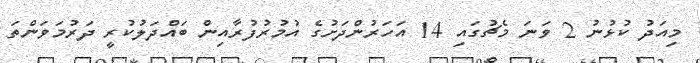
މިއަދު ކުޅުނު 2 ވަނަ މެޗުގައި 14 އަހަރުންދަށުގެ އުމުރުފުރާއިން ބައްދަލުކުރީ ދަރުމަވަންތަ